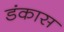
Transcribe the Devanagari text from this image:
डंकास